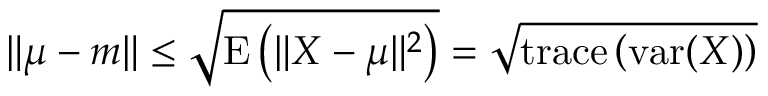
\| \mu - m \| \leq { \sqrt { \operatorname { E } \left( \| X - \mu \| ^ { 2 } \right) } } = { \sqrt { \operatorname { t r a c e } \left( \operatorname { v a r } ( X ) \right) } }